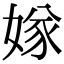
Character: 𡟝